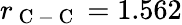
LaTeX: r_{\mathrm{~C~-~C~}}=1.562